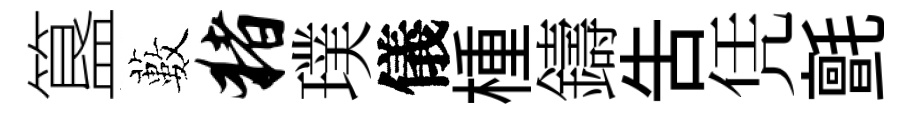
簋藪猪璞儀㮔鑄吿凭氈